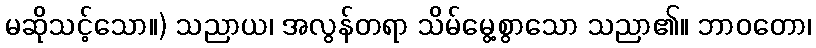
မဆိုသင့်သော။) သညာယ၊ အလွန်တရာ သိမ်မွေ့စွာသော သညာ၏။ ဘာဝတော၊